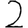
Digit: 2